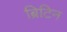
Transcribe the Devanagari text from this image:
ब्रिटिन